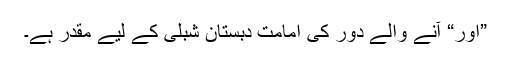
”اور“ آنے والے دور کی امامت دبستان شبلی کے لیے مقدر ہے۔